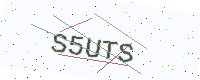
Text: S5UTS